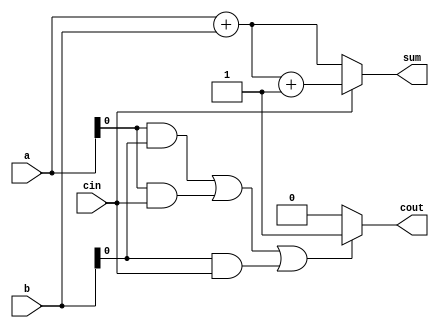
module carry_bypass_adder (
    input [7:0] a,
    input [7:0] b,
    input cin,
    output [8:0] sum,
    output cout
);

reg [8:0] temp_sum;
reg temp_cout;

assign sum = temp_sum;
assign cout = temp_cout;

always @(*) begin
    if (cin == 1'b1) begin
        temp_sum = a + b + 1;
    end else begin
        temp_sum = a + b;
    end

    if ((a[0] & b[0]) | 
        (a[0] & cin) | 
        (b[0] & cin)) begin
        temp_cout = 1;
    end else begin
        temp_cout = 0;
    end
end

endmodule